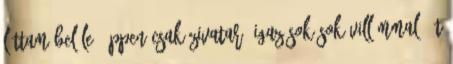
láttam belőle- éppen csak zivatar, igaz sok-sok villámmal. Üt